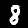
Label: 8